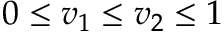
0 \leq v _ { 1 } \leq v _ { 2 } \leq 1